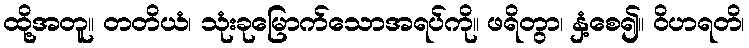
ထို့အတူ။ တတိယံ၊ သုံးခုမြောက်သောအရပ်ကို။ ဖရိတွာ၊ နှံ့စေ၍။ ဝိဟရတိ၊